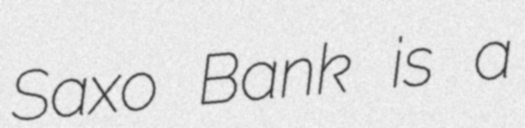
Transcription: Saxo Bank is a